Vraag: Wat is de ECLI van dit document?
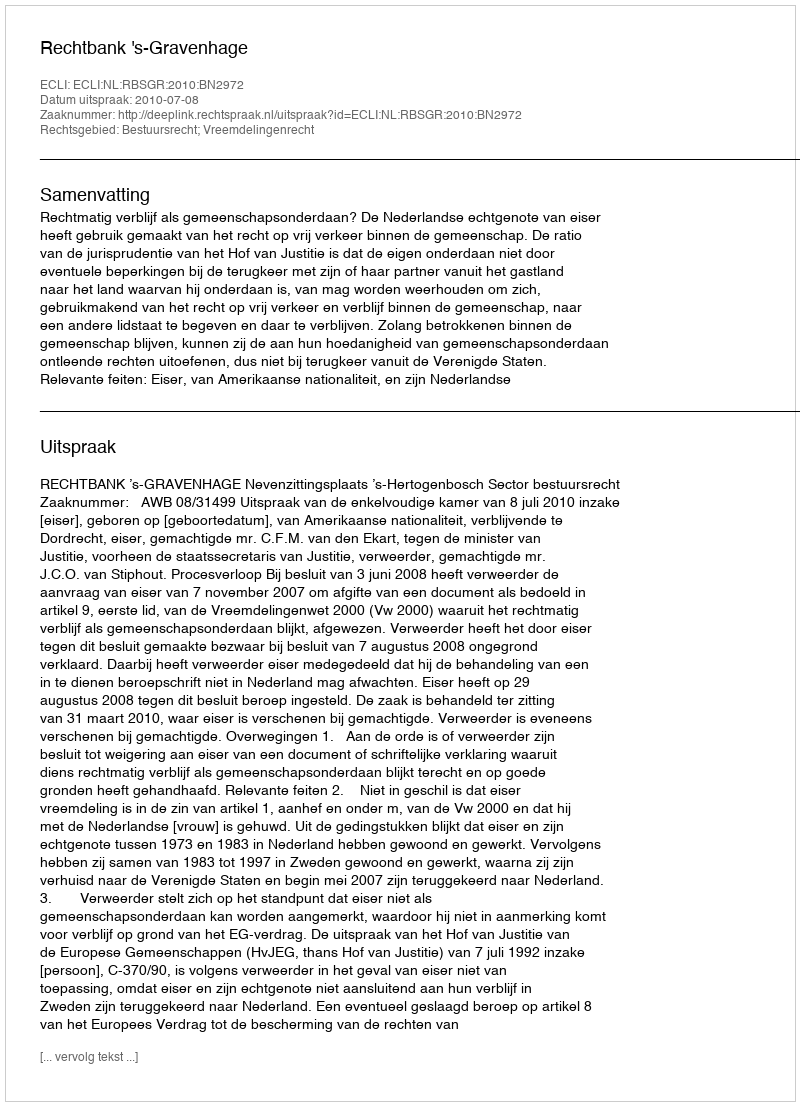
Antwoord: ECLI:NL:RBSGR:2010:BN2972